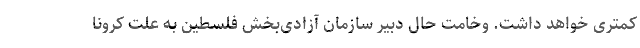
کمتری خواهد داشت. وخامت حال دبیر سازمان آزادی‌بخش فلسطین به علت کرونا